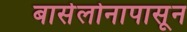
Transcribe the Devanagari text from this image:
बार्सेलोनापासून